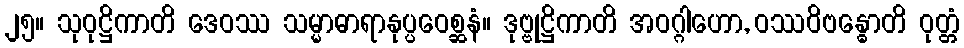
၂၅။ သုဝုဋ္ဌိကာတိ ဒေဝဿ သမ္မာဓာရာနုပ္ပဝေစ္ဆနံ။ ဒုဗ္ဗုဋ္ဌိကာတိ အဝဂ္ဂါဟော, ဝဿဝိဗန္ဓောတိ ဝုတ္တံ